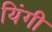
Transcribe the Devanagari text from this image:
यिंगी